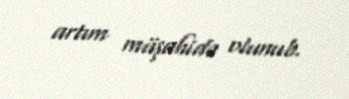
artım müşahidə olunub.